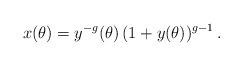
LaTeX: \begin{align*} x(\theta) = y^{-g}(\theta) \, (1+y(\theta))^{g-1} \,.\end{align*}